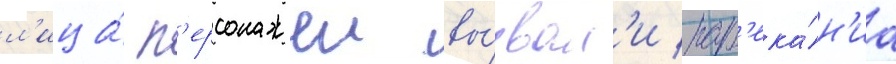
л'ица́ п'ерсонажеи вы́звал'и нар'ека́н'иа